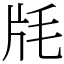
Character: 㲏